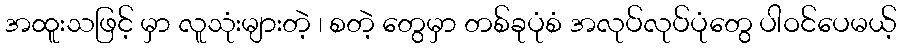
အထူးသဖြင့် မှာ လူသုံးများတဲ့ ၊ စတဲ့ တွေမှာ တစ်ခုပုံစံ အလုပ်လုပ်ပုံတွေ ပါဝင်ပေမယ့်